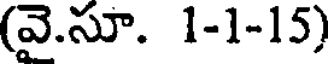
(వై.సూ. 1-1-15)